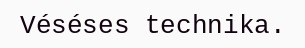
Véséses technika.